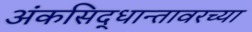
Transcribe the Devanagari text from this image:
अंकसिद्धान्तावरच्या